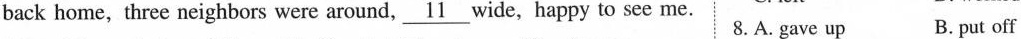
back home, three neighbors were around, \underline{11} wide, happy to see me. 8.A.Gave up B. Put off